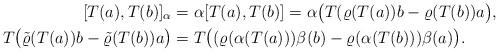
LaTeX: \begin{align*}[T(a),T(b)]_{\alpha}&= \alpha[T(a),T(b)]=\alpha\big(T(\varrho(T(a))b-\varrho(T(b))a\big),\\T\big(\tilde{\varrho}(T(a))b-\tilde{\varrho}(T(b))a\big)&= T\big((\varrho(\alpha(T(a)))\beta(b)-\varrho(\alpha(T(b)))\beta(a)\big).\end{align*}